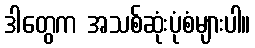
ဒါတွေက အသစ်ဆုံးပုံစံများပါ။